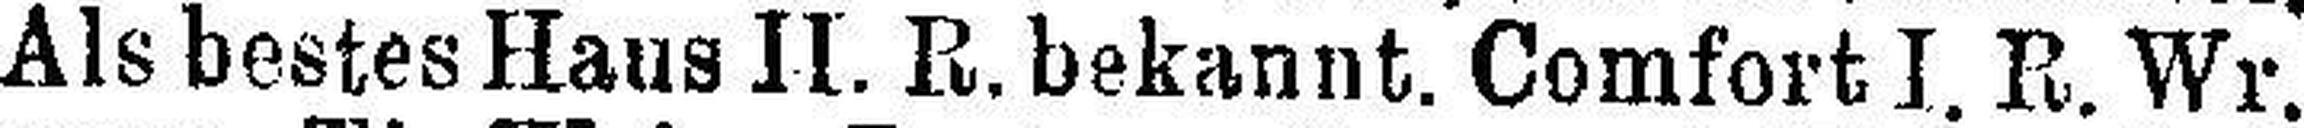
Als bestes Haus II. R. bekannt. Comfort I. R. Wr.